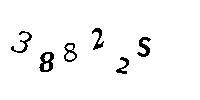
38822S